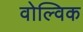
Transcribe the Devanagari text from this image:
वोल्विक